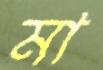
মা